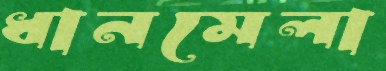
ধানমেলা